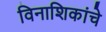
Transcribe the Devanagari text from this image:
विनाशिकांचे